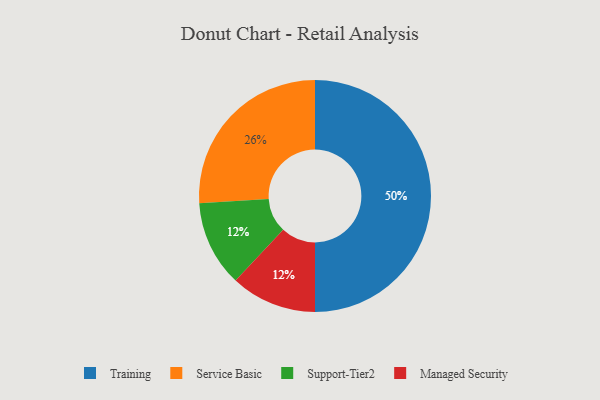
{"axis": {"x": "Category", "y": "Percentage"}, "legend": ["Managed Security", "Service Basic", "Support-Tier2", "Training"], "data": [{"x": "Training", "y": 50, "type": "Training"}, {"x": "Service Basic", "y": 26, "type": "Service Basic"}, {"x": "Support-Tier2", "y": 12, "type": "Support-Tier2"}, {"x": "Managed Security", "y": 12, "type": "Managed Security"}]}